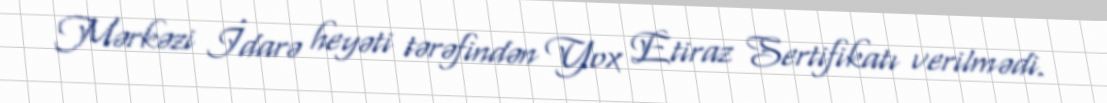
Mərkəzi İdarə heyəti tərəfindən Yox Etiraz Sertifikatı verilmədi.